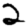
Digit: 2